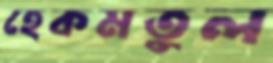
হেকমতুল